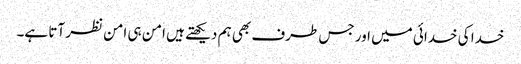
خدا کی خدائی میں اور جس طرف بھی ہم دیکھتے ہیں امن ہی امن نظر آتا ہے۔